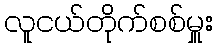
လူငယ်တိုက်စစ်မှူး